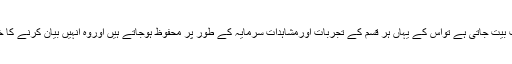
انسان کی عمر جب بیت جاتی ہے تواس کے یہاں ہر قسم کے تجربات اورمشاہدات سرمایہ کے طور پر محفوظ ہوجاتے ہیں اوروہ انہیں بیان کرنے کا خواہش مند رہتاہے۔